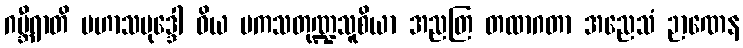
ဂမ္ဘီရာတိ မဟာသမုဒ္ဒေါ ဝိယ မကသတုဏ္ဍသူစိယာ အညတြ တထာဂတာ အညေသံ ဉာဏေန